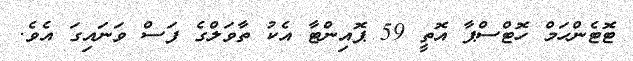
ޓޮޓެންހަމް ހޮޓްސްޕާ އޮތީ 59 ޕޮއިންޓާ އެކު ތާވަލްގެ ފަސް ވަނައިގަ އެވެ.